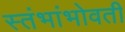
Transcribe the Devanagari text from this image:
स्तंभांभोवती